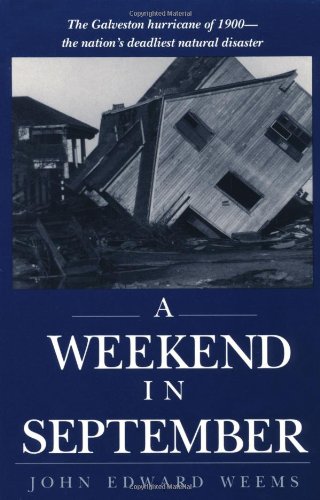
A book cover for A Weekend in September; John Edward Weems; Politics & Social Sciences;